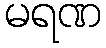
မရဏ